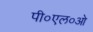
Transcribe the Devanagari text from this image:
पी०एल०ओ